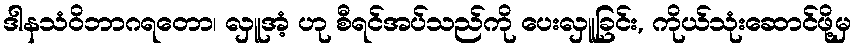
ဒါနသံဝိဘာဂရတော၊ လှူအံ့ ဟု စီရင်အပ်သည်ကို ပေးလှူခြင်း, ကိုယ်သုံးဆောင်ဖို့မှ